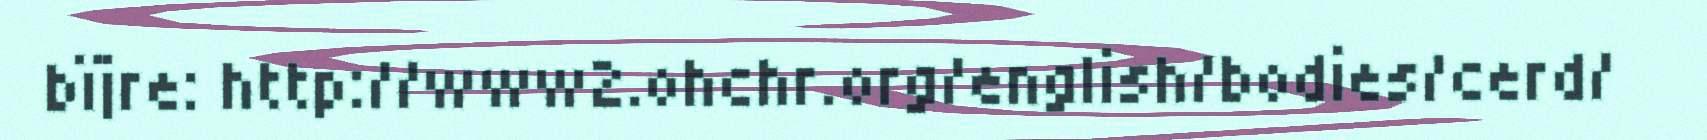
bïjre: http://www2.ohchr.org/english/bodies/cerd/